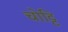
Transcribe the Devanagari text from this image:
चोट्टि